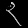
Digit: ၃